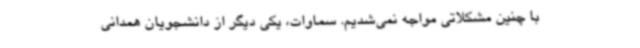
با چنین مشکلاتی مواجه نمی‌شدیم. سماوات، یکی دیگر از دانشجویان همدانی